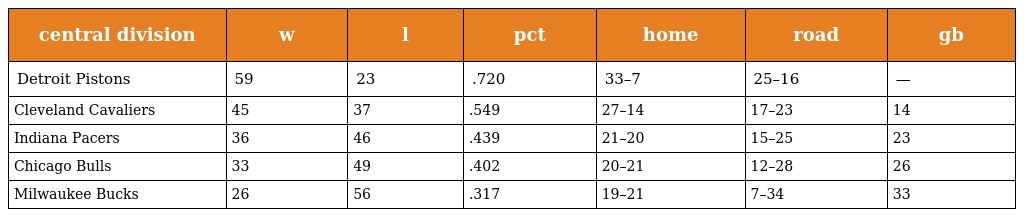
| central division | w | l | pct | home | road | gb |
 | --- | --- | --- | --- | --- | --- | --- |
 | Detroit Pistons | 59 | 23 | .720 | 33–7 | 25–16 | — |
 | Cleveland Cavaliers | 45 | 37 | .549 | 27–14 | 17–23 | 14 |
 | Indiana Pacers | 36 | 46 | .439 | 21–20 | 15–25 | 23 |
 | Chicago Bulls | 33 | 49 | .402 | 20–21 | 12–28 | 26 |
 | Milwaukee Bucks | 26 | 56 | .317 | 19–21 | 7–34 | 33 |